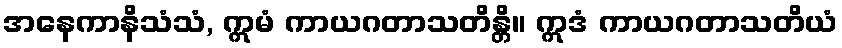
အနေကာနိသံသံ, ဣမံ ကာယဂတာသတိန္တိ။ ဣဒံ ကာယဂတာသတိယံ